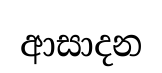
ආසාදන